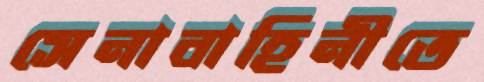
সেনাবাহিনীতে